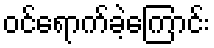
ဝင်ရောက်ခဲ့ကြောင်း